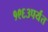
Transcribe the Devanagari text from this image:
१९६३पर्यंत